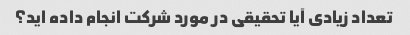
تعداد زیادی آیا تحقیقی در مورد شرکت انجام داده اید؟